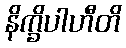
နိက္ခိပါဟီတိ